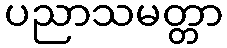
ပညာသမတ္တာ